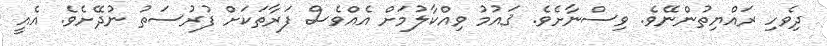
ދިވެހި ރައްޔިތުންނޭވެ. ވިސްނާށެވެ. ޤައުމު ވިއްކާލުމަށް އެއްވެސް ފަރާތަކަށް ފުރުސަތު ނުދޭށެވެ. އެއީ